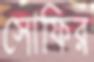
সোফির